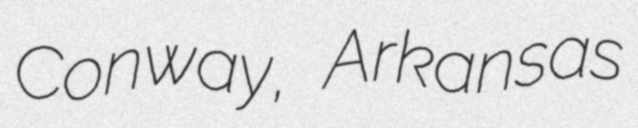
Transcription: Conway, Arkansas